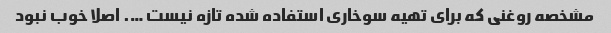
مشخصه روغنی که برای تهیه سوخاری استفاده شده تازه نیست …. اصلا خوب نبود